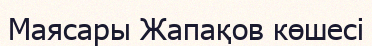
Маясары Жапақов көшесі